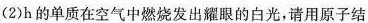
(2)h的单质在空气中燃烧发出耀眼的白光，请用原子结